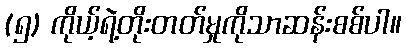
(၅) ကိုယ့်ရဲ့တိုးတတ်မှုကိုသာဆန်းစစ်ပါ။